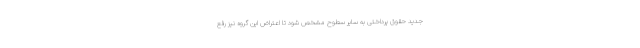
جدید حقوق پرداختی به سایر سطوح مشخص شود تا اعتراض این گروه نیز رفع